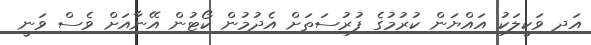
އަދި ވަކީލަކު އައްޔަން ކުރުމުގެ ފުރުސަތަށް އެދުމުން ކޯޓުން އޭނާއަށް ވެސް ވަނީ